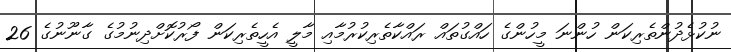
ނުކުޅެދުންތެރިކަން ހުންނަ މީހުންގެ ހައްގުތައް ރައްކާތެރިކުރުމާއި މާލީ އެހީތެރިކަން ފޯރުކޮށްދިނުމުގެ ގާނޫނުގެ 26